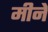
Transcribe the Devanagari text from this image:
मीने